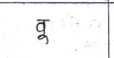
मजकूर: वू